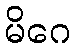
မိဂေ